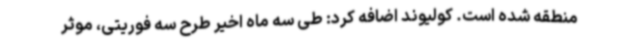
منطقه شده است. کولیوند اضافه کرد: طی سه ماه اخیر طرح سه فوریتی، موثر